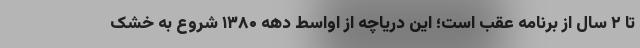
تا ۲ سال از برنامه عقب است؛ این دریاچه از اواسط دهه ۱۳۸۰ شروع به خشک